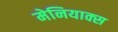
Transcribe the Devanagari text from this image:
मेनियाक्स